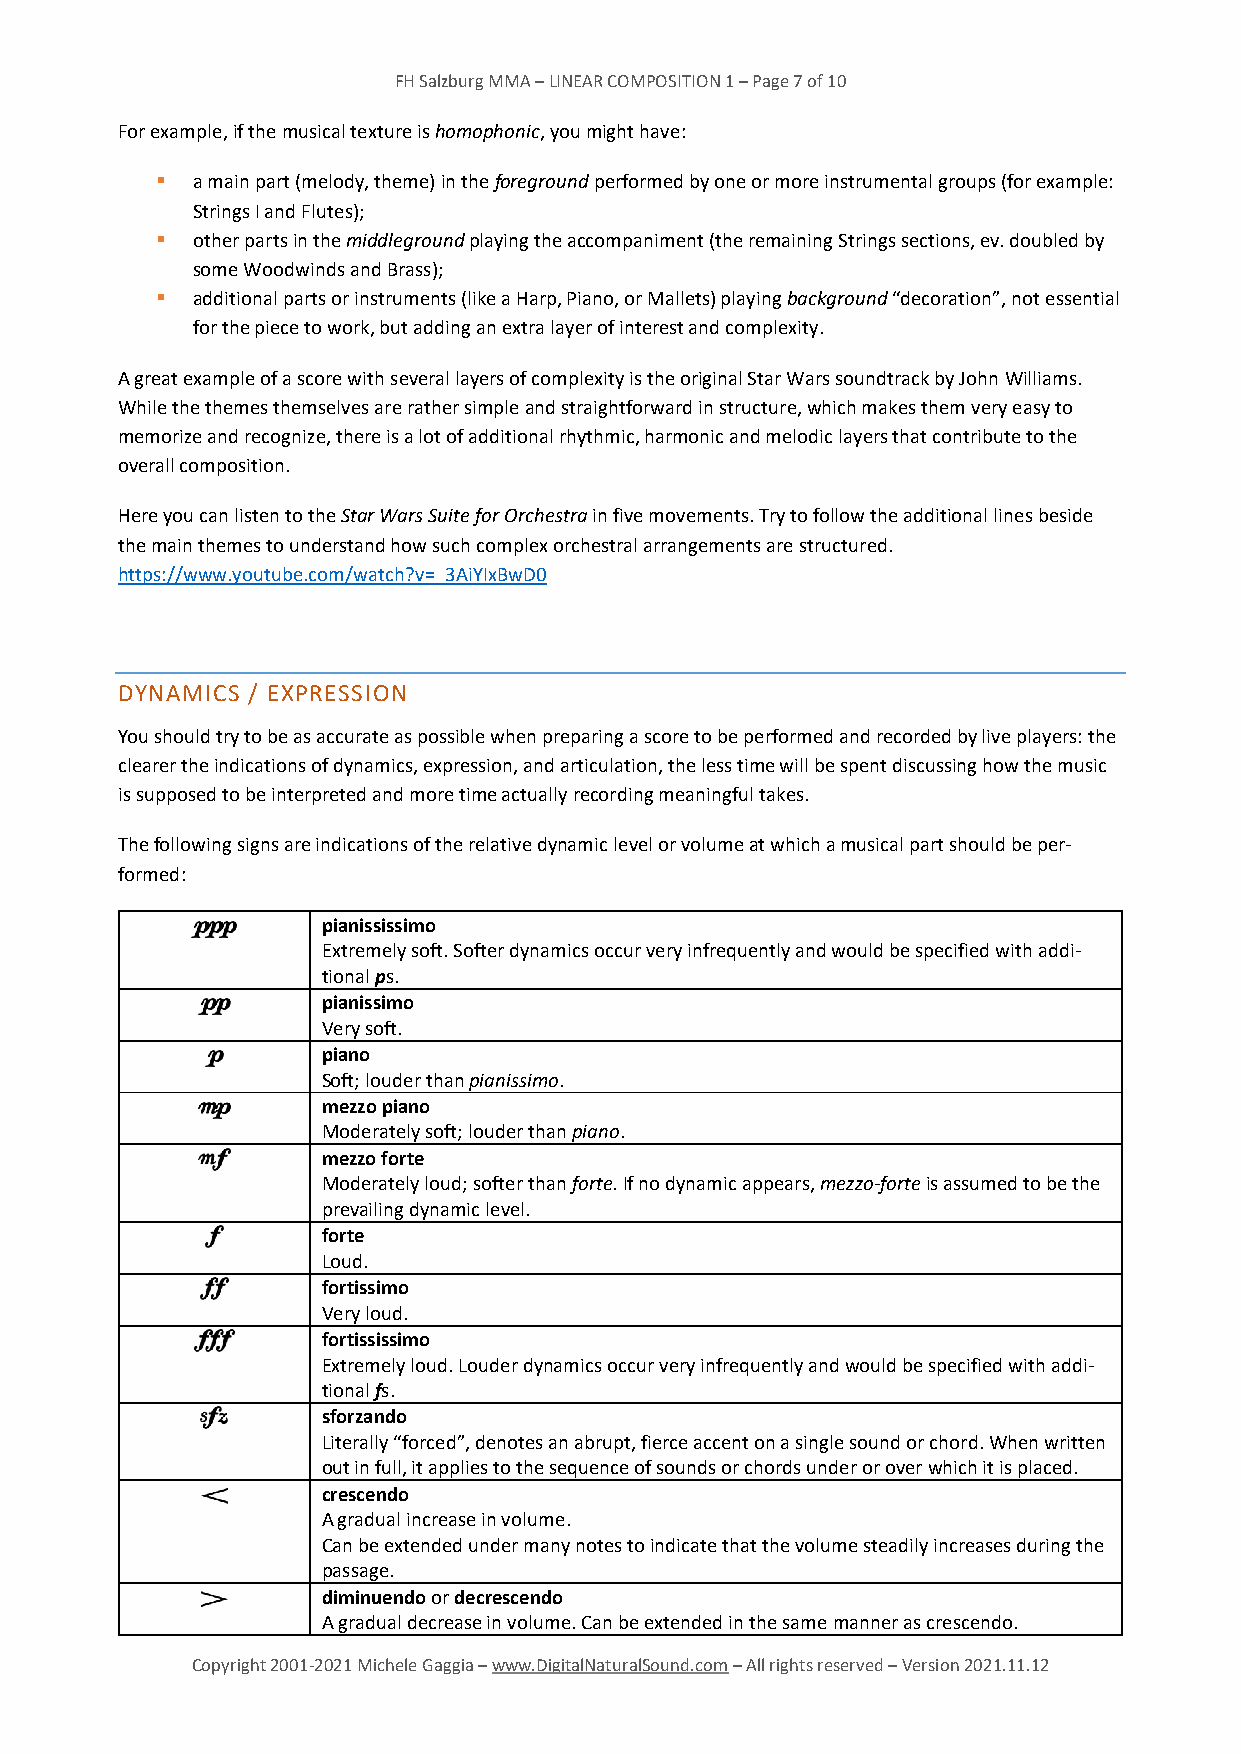
FH Salzburg MMA – LINEAR COMPOSITION 1 – Page 7 of 10
 For example, if the musical texture is homophonic, you might have:
 ▪  a main part (melody, theme) in the foreground performed by one or more instrumental groups (for example:
 Strings I and Flutes);
 ▪  other parts in the middleground playing the accompaniment (the remaining Strings sections, ev. doubled by
 some Woodwinds and Brass);
 ▪  additional parts or instruments (like a Harp, Piano, or Mallets) playing background “decoration”, not essential
 for the piece to work, but adding an extra layer of interest and complexity.
 A great example of a score with several layers of complexity is the original Star Wars soundtrack by John Williams.
 While the themes themselves are rather simple and straightforward in structure, which makes them very easy to
 memorize and recognize, there is a lot of additional rhythmic, harmonic and melodic layers that contribute to the
 overall composition.
 Here you can listen to the Star Wars Suite for Orchestra in five movements. Try to follow the additional lines beside
 the main themes to understand how such complex orchestral arrangements are structured.
 https://www.youtube.com/watch?v=_3AiYIxBwD0
 DYNAMICS / EXPRESSION
 You should try to be as accurate as possible when preparing a score to be performed and recorded by live players: the
 clearer the indications of dynamics, expression, and articulation, the less time will be spent discussing how the music
 is supposed to be interpreted and more time actually recording meaningful takes.
 The following signs are indications of the relative dynamic level or volume at which a musical part should be per-
 formed:
 pianississimo
 Extremely soft. Softer dynamics occur very infrequently and would be specified with addi-
 tional ps.
 pianissimo
 Very soft.
 piano
 Soft; louder than pianissimo.
 mezzo piano
 Moderately soft; louder than piano.
 mezzo forte
 Moderately loud; softer than forte. If no dynamic appears, mezzo-forte is assumed to be the
 prevailing dynamic level.
 forte
 Loud.
 fortissimo
 Very loud.
 fortississimo
 Extremely loud. Louder dynamics occur very infrequently and would be specified with addi-
 tional fs.
 sforzando
 Literally “forced”, denotes an abrupt, fierce accent on a single sound or chord. When written
 out in full, it applies to the sequence of sounds or chords under or over which it is placed.
 crescendo
 A gradual increase in volume.
 Can be extended under many notes to indicate that the volume steadily increases during the
 passage.
 diminuendo or decrescendo
 A gradual decrease in volume. Can be extended in the same manner as crescendo.
 Copyright 2001-2021 Michele Gaggia – www.DigitalNaturalSound.com – All rights reserved – Version 2021.11.12